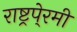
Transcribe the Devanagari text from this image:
राष्ट्रपे्रमी